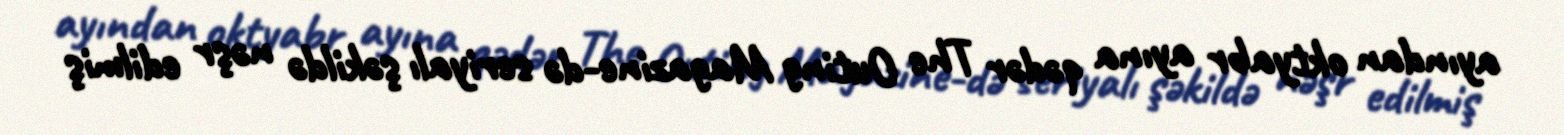
ayından oktyabr ayına qədər The Outing Magazine-də seriyalı şəkildə nəşr edilmiş